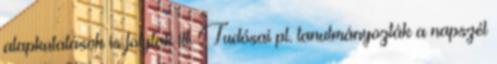
alapkutatások is folytak itt. Tudósai pl. tanulmányozták a napszél